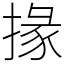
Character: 掾